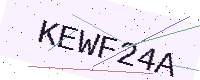
Text: KEWF24A